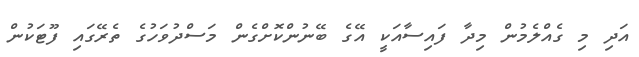
އަދި މި ގެއްލެމުން މިދާ ފައިސާއަކީ އޭގެ ބޭނުންކޮށްގެން މަސްދުވަހުގެ ތެރޭގައި ފޫޓަކުން